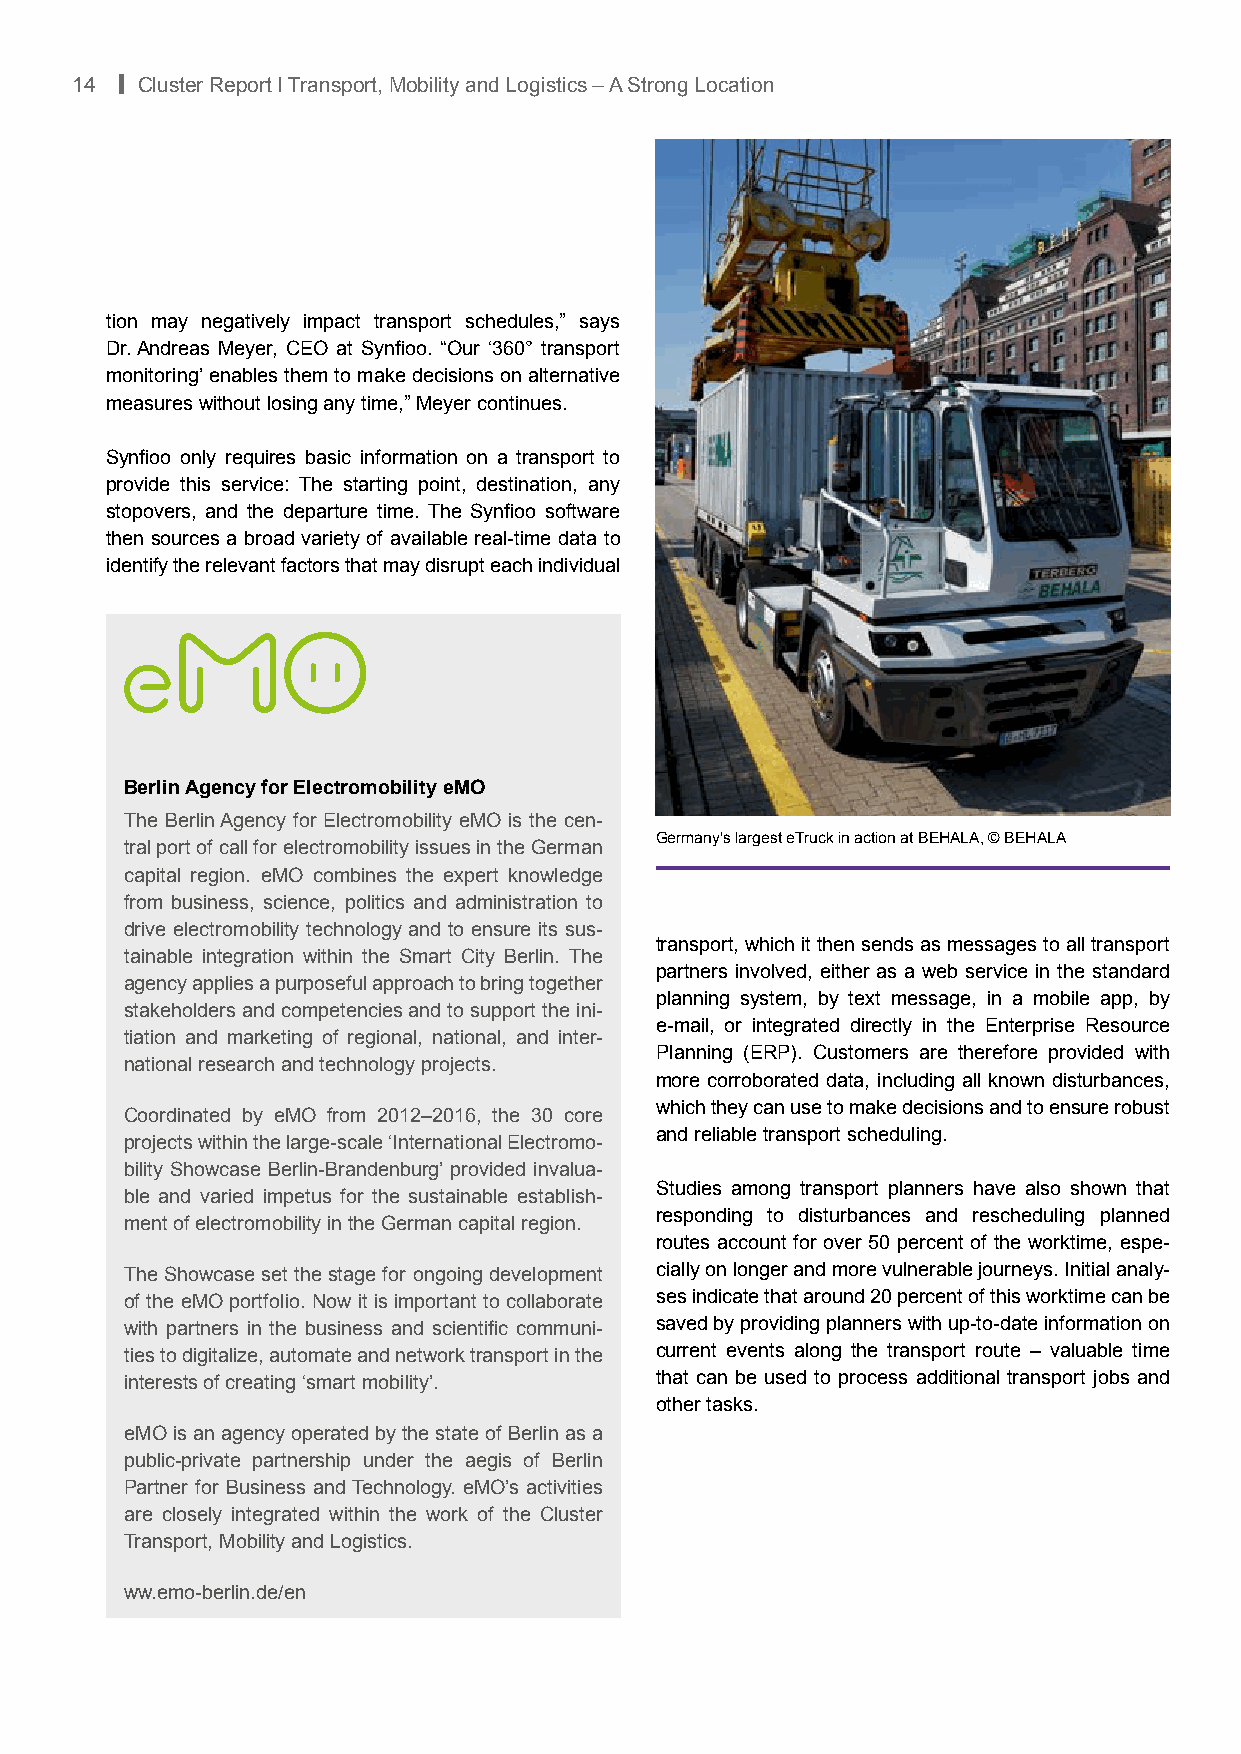
14 | Cluster Report I Transport, Mobility and Logistics – A Strong Location
 tion may negatively impact transport schedules,” says
 Dr. Andreas Meyer, CEO at Synfioo. “Our ‘360° transport
 monitoring’ enables them to make decisions on alternative
 measures without losing any time,” Meyer continues.
 Synfioo only requires basic information on a transport to
 provide this service: The starting point, destination, any
 stopovers, and the departure time. The Synfioo software
 then sources a broad variety of available real-time data to
 identify the relevant factors that may disrupt each individual
 Berlin Agency for Electromobility eMO
 The Berlin Agency for Electromobility eMO is the cen-
 Germany's largest eTruck in action at BEHALA, © BEHALA
 tral port of call for electromobility issues in the German
 capital region. eMO combines the expert knowledge
 from business, science, politics and administration to
 drive electromobility technology and to ensure its sus-
 transport, which it then sends as messages to all transport
 tainable integration within the Smart City Berlin. The
 partners involved, either as a web service in the standard
 agency applies a purposeful approach to bring together
 planning system, by text message, in a mobile app, by
 stakeholders and competencies and to support the ini-
 e-mail, or integrated directly in the Enterprise Resource
 tiation and marketing of regional, national, and inter-
 Planning (ERP). Customers are therefore provided with
 national research and technology projects.
 more corroborated data, including all known disturbances,
 which they can use to make decisions and to ensure robust
 Coordinated by eMO from 2012–2016, the 30 core
 and reliable transport scheduling.
 projects within the large-scale ‘International Electromo-
 bility Showcase Berlin-Brandenburg’ provided invalua-
 Studies among transport planners have also shown that
 ble and varied impetus for the sustainable establish-
 responding to disturbances and rescheduling planned
 ment of electromobility in the German capital region.
 routes account for over 50 percent of the worktime, espe-
 The Showcase set the stage for ongoing development cially on longer and more vulnerable journeys. Initial analy-
 of the eMO portfolio. Now it is important to collaborate ses indicate that around 20 percent of this worktime can be
 with partners in the business and scientific communi- saved by providing planners with up-to-date information on
 ties to digitalize, automate and network transport in the current events along the transport route – valuable time
 interests of creating ‘smart mobility’. that can be used to process additional transport jobs and
 other tasks.
 eMO is an agency operated by the state of Berlin as a
 public-private partnership under the aegis of Berlin
 Partner for Business and Technology. eMO’s activities
 are closely integrated within the work of the Cluster
 Transport, Mobility and Logistics.
 ww.emo-berlin.de/en